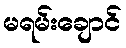
မရမ်းချောင်